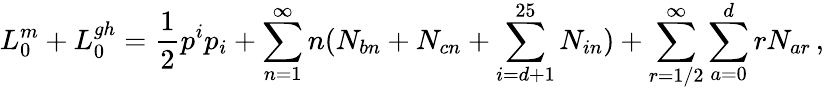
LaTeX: L_{0}^{m}+L_{0}^{gh}=\frac{1}{2}p^{i}p_{i}+\sum_{n=1}^{\infty}n(N_{bn}+N_{cn}+\sum_{i=d+1}^{25}N_{in})+\sum_{r=1/2}^{\infty}\sum_{a=0}^{d}rN_{ar}\, ,